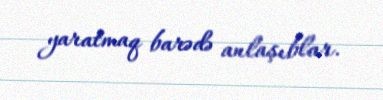
yaratmaq barədə anlaşıblar.